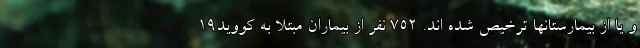
و یا از بیمارستانها ترخیص شده اند. ۷۵۲ نفر از بیماران مبتلا به کووید۱۹